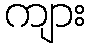
ကျား